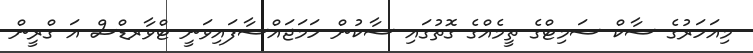
މިއަހަރުގެ ސާކް ސަމިޓްގެ ތީމެއްގެ ގޮތުގައި ސާކުން ހަމަޖައްސާފައިވަނީ ޓްވާރޑްސް އަ ގްރީން